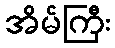
အိမ်ကြီး